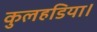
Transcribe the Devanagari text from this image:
कुलहडिया।